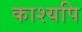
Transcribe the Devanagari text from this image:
काश्यपि